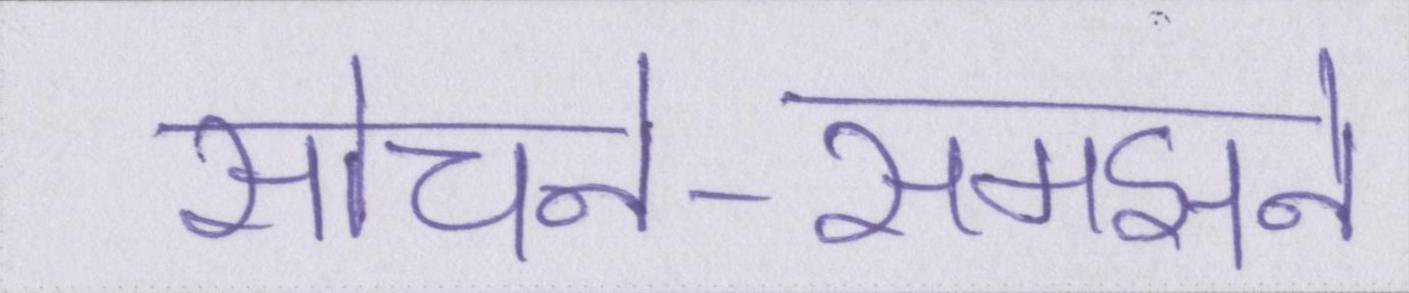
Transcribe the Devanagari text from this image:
सोचने-समझने